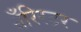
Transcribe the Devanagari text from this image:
बँरिस्टर